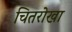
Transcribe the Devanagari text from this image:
चितरोखा